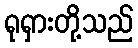
ရုရှားတို့သည်